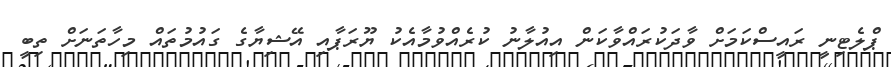
ޕްލެޓިނީ ރައީސްކަމަށް ވާދަކުރައްވާކަން އިއުލާނު ކުރެއްވުމާއެކު ޔޫރަޕާއި އޭޝިޔާގެ ގައުމުތައް މިހާތަނަށް ތިބީ